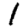
Digit: 1